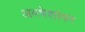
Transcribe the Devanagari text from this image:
अवषेशांवर